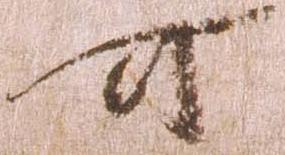
可